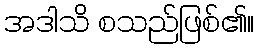
အဒါသိ စသည်ဖြစ်၏။